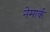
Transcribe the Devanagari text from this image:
नेमार्क